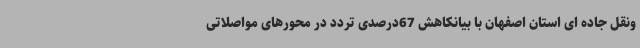
ونقل جاده ای استان اصفهان با بیانکاهش 67درصدی تردد در محورهای مواصلاتی